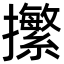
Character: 㩯